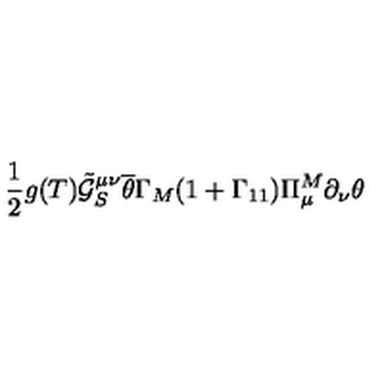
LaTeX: \frac { 1 } { 2 } g ( T ) \tilde { \mathcal { G } } _ { S } ^ { \mu \nu } \overline { { \theta } } \Gamma _ { M } ( 1 + \Gamma _ { 1 1 } ) \Pi _ { \mu } ^ { M } \partial _ { \nu } \theta